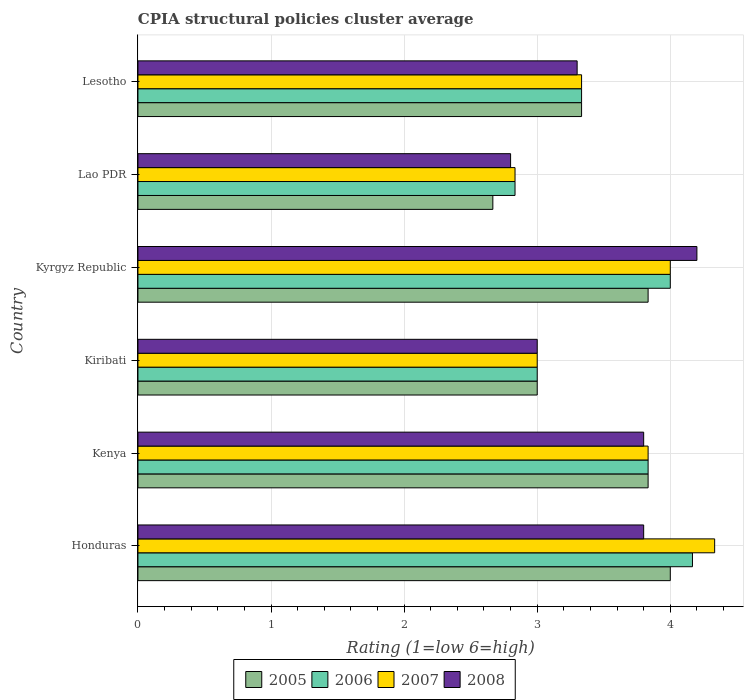
| Country | 2005 | 2006 | 2007 | 2008 |
 | --- | --- | --- | --- | --- |
 | Honduras | 4 | 4.17 | 4.33 | 3.8 |
 | Kenya | 3.83 | 3.83 | 3.83 | 3.8 |
 | Kiribati | 3 | 3 | 3 | 3 |
 | Kyrgyz Republic | 3.83 | 4 | 4 | 4.2 |
 | Lao PDR | 2.67 | 2.83 | 2.83 | 2.8 |
 | Lesotho | 3.33 | 3.33 | 3.33 | 3.3 |